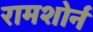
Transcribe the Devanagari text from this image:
रामशोर्न